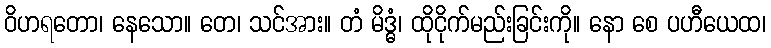
ဝိဟရတော၊ နေသော။ တေ၊ သင်အား။ တံ မိဒ္ဓံ၊ ထိုငိုက်မည်းခြင်းကို။ နော စေ ပဟီယေထ၊